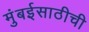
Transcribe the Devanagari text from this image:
मुंबईसाठीची